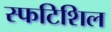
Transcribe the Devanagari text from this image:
स्फटिशिल